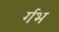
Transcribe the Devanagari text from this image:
र्गभ